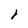
Character: I